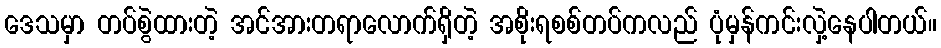
ဒေသမှာ တပ်စွဲထားတဲ့ အင်အားတရာလောက်ရှိတဲ့ အစိုးရစစ်တပ်ကလည် ပုံမှန်ကင်းလှဲ့နေပါတယ်။